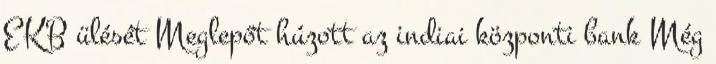
EKB ülését Meglepőt húzott az indiai központi bank Még